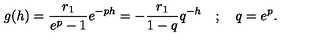
g ( h ) = \frac { r _ { 1 } } { e ^ { p } - 1 } e ^ { - p h } = - \frac { r _ { 1 } } { 1 - q } q ^ { - h } \quad ; \quad q = e ^ { p } .